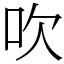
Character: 吹